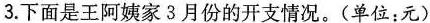
3.下面是王阿姨家3月份的开支情况。(单位：元)